Scottish Certificate of Education, 1963
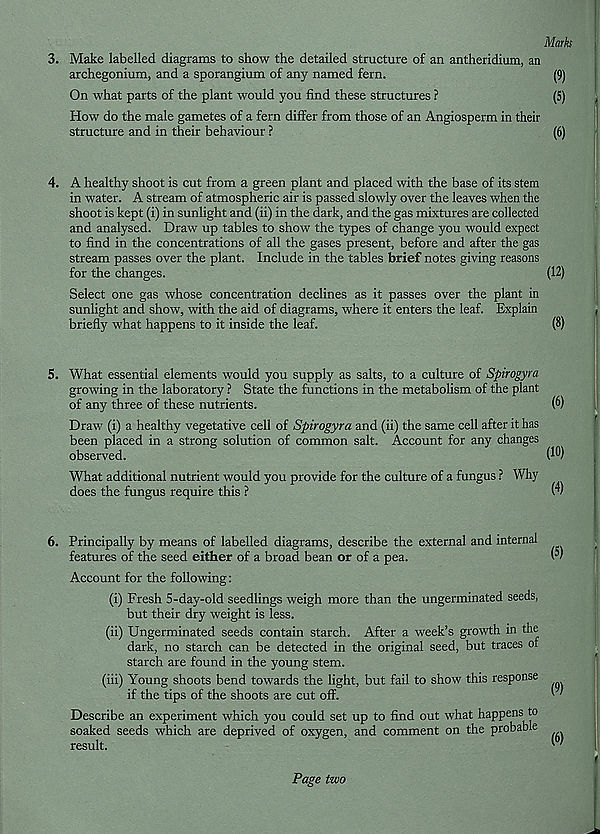
Marks
3. Make labelled diagrams to show the detailed structure of an antheridium, an
archegonium, and a sporangium of any named fern.
(9)
On what parts of the plant would you find these structures ?
(5)
How do the male gametes of a fern differ from those of an Angiosperm in their
structure and in their behaviour ?
(6)
4. A healthy shoot is cut from a green plant and placed with the base of its stem
in water. A stream of atmospheric air is passed slowly over the leaves when the
shoot is kept (i) in sunlight and (ii) in the dark, and the gas mixtures are collected
and analysed. Draw up tables to show the types of change you would expect
to find in the concentrations of all the gases present, before and after the gas
stream passes over the plant. Include in the tables brief notes giving reasons
for the changes.
(12)
Select one gas whose concentration declines as it passes over the plant in
sunlight and show, with the aid of diagrams, where it enters the leaf. Explain
briefly what happens to it inside the leaf.
(8)
5. What essential elements would you supply as salts, to a culture of Spirogyra
growing in the laboratory ? State the functions in the metabolism of the plant
of any three of these nutrients.
(8)
Draw (i) a healthy vegetative cell of Spirogyra and (ii) the same cell after it has
been placed in a strong solution of common salt. Account for any changes
observed.
(^)
What additional nutrient would you provide for the culture of a fungus ? Why
does the fungus require this ?
W
6. Principally by means of labelled diagrams, describe the external and internal
features of the seed either of a broad bean or of a pea.
Account for the following:
(i) Fresh 5-day-old seedlings weigh more than the ungerminated seeds,
but their dry weight is less.
(ii) Ungerminated seeds contain starch. After a week’s growth in the
dark, no starch can be detected in the original seed, but traces or
starch are found in the young stem.
(iii) Young shoots bend towards the light, but fail to show this response
if the tips of the shoots are cut off.
Describe an experiment which you could set up to find out what happens to
soaked seeds which are deprived of oxygen, and comment on the probable
result.
(5)
(9)
(6)
Page two